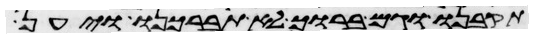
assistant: תקבנו וגם ברוך לא תברכנו ויען